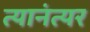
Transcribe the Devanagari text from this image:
त्यानंत्यर